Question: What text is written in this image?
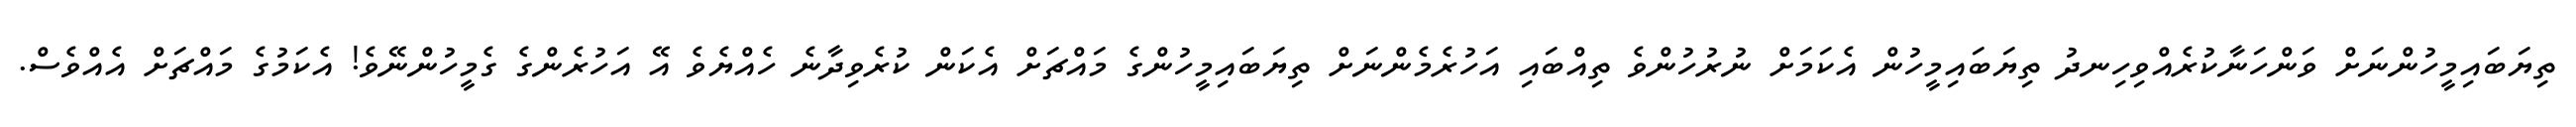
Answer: ތިޔަބައިމީހުންނަށް ވަންހަނާކުރެއްވިހިނދު ތިޔަބައިމީހުން އެކަމަށް ނުރުހުންވެ ތިއްބައި އަހުރެމެންނަށް ތިޔަބައިމީހުންގެ މައްޗަށް އެކަން ކުރެވިދާނެ ހެއްޔެވެ އޭ އަހުރެންގެ ގެމީހުންނޭވެ! އެކަމުގެ މައްޗަށް އެއްވެސް.